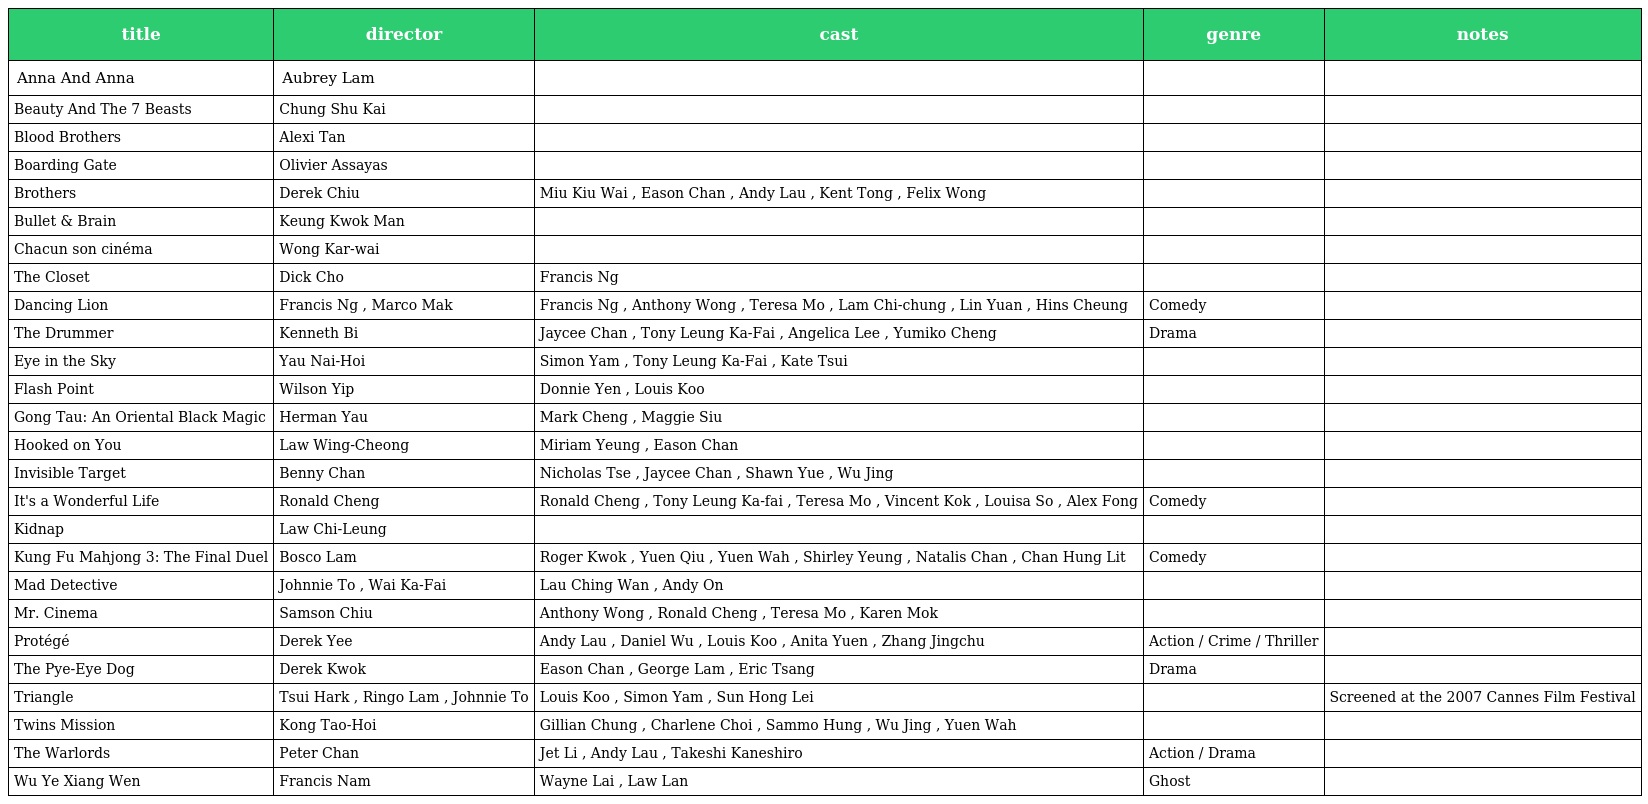
| title | director | cast | genre | notes |
 | --- | --- | --- | --- | --- |
 | Anna And Anna | Aubrey Lam |  |  |  |
 | Beauty And The 7 Beasts | Chung Shu Kai |  |  |  |
 | Blood Brothers | Alexi Tan |  |  |  |
 | Boarding Gate | Olivier Assayas |  |  |  |
 | Brothers | Derek Chiu | Miu Kiu Wai , Eason Chan , Andy Lau , Kent Tong , Felix Wong |  |  |
 | Bullet & Brain | Keung Kwok Man |  |  |  |
 | Chacun son cinéma | Wong Kar-wai |  |  |  |
 | The Closet | Dick Cho | Francis Ng |  |  |
 | Dancing Lion | Francis Ng , Marco Mak | Francis Ng , Anthony Wong , Teresa Mo , Lam Chi-chung , Lin Yuan , Hins Cheung | Comedy |  |
 | The Drummer | Kenneth Bi | Jaycee Chan , Tony Leung Ka-Fai , Angelica Lee , Yumiko Cheng | Drama |  |
 | Eye in the Sky | Yau Nai-Hoi | Simon Yam , Tony Leung Ka-Fai , Kate Tsui |  |  |
 | Flash Point | Wilson Yip | Donnie Yen , Louis Koo |  |  |
 | Gong Tau: An Oriental Black Magic | Herman Yau | Mark Cheng , Maggie Siu |  |  |
 | Hooked on You | Law Wing-Cheong | Miriam Yeung , Eason Chan |  |  |
 | Invisible Target | Benny Chan | Nicholas Tse , Jaycee Chan , Shawn Yue , Wu Jing |  |  |
 | It's a Wonderful Life | Ronald Cheng | Ronald Cheng , Tony Leung Ka-fai , Teresa Mo , Vincent Kok , Louisa So , Alex Fong | Comedy |  |
 | Kidnap | Law Chi-Leung |  |  |  |
 | Kung Fu Mahjong 3: The Final Duel | Bosco Lam | Roger Kwok , Yuen Qiu , Yuen Wah , Shirley Yeung , Natalis Chan , Chan Hung Lit | Comedy |  |
 | Mad Detective | Johnnie To , Wai Ka-Fai | Lau Ching Wan , Andy On |  |  |
 | Mr. Cinema | Samson Chiu | Anthony Wong , Ronald Cheng , Teresa Mo , Karen Mok |  |  |
 | Protégé | Derek Yee | Andy Lau , Daniel Wu , Louis Koo , Anita Yuen , Zhang Jingchu | Action / Crime / Thriller |  |
 | The Pye-Eye Dog | Derek Kwok | Eason Chan , George Lam , Eric Tsang | Drama |  |
 | Triangle | Tsui Hark , Ringo Lam , Johnnie To | Louis Koo , Simon Yam , Sun Hong Lei |  | Screened at the 2007 Cannes Film Festival |
 | Twins Mission | Kong Tao-Hoi | Gillian Chung , Charlene Choi , Sammo Hung , Wu Jing , Yuen Wah |  |  |
 | The Warlords | Peter Chan | Jet Li , Andy Lau , Takeshi Kaneshiro | Action / Drama |  |
 | Wu Ye Xiang Wen | Francis Nam | Wayne Lai , Law Lan | Ghost |  |